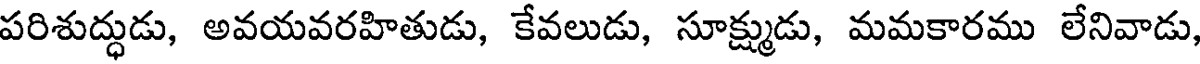
పరిశుద్ధుడు, అవయవరహితుడు, కేవలుడు, సూక్ష్ముడు, మమకారము లేనివాడు,